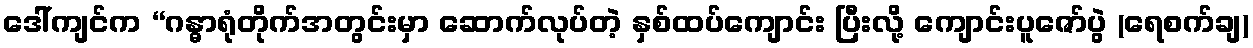
ဒေါ်ကျင်က “ဂန္ဓာရုံတိုက်အတွင်းမှာ ဆောက်လုပ်တဲ့ နှစ်ထပ်ကျောင်း ပြီးလို့ ကျောင်းပူဇော်ပွဲ (ရေစက်ချ)